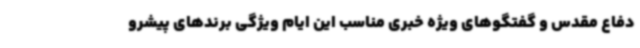
دفاع مقدس و گفتگوهای ویژه خبری مناسب این ایام ویژگی برندهای پیشرو